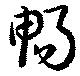
暢